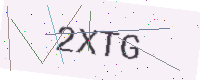
Text: 2XTG